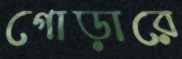
গোড়ারে